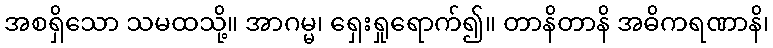
အစရှိသော သမထသို့။ အာဂမ္မ၊ ရှေးရှုရောက်၍။ တာနိတာနိ အဓိကရဏာနိ၊